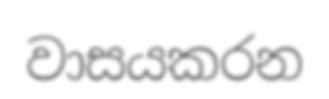
වාසයකරන